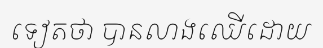
ទៀតថា បានលាងឈើដោយ